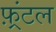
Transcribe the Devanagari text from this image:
फ़्रंटल